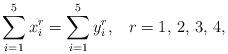
LaTeX: \begin{align*}\sum_{i=1}^5x_i^r=\sum_{i=1}^5y_i^r,\;\;\;r=1,\,2,\,3,\,4,\end{align*}